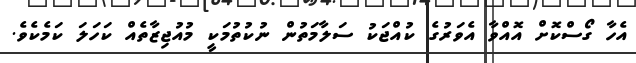
އެހާ ގޯސްކޮށް އޮއްވާ އެވަރުގެ ކުއްޖަކު ސަލާމަތުން ނުކުތުމަކީ މުއުޖިޒާތެއް ކަހަލަ ކަމެކެވެ.